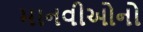
માનવીઓનો